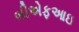
બીએફઆઇ